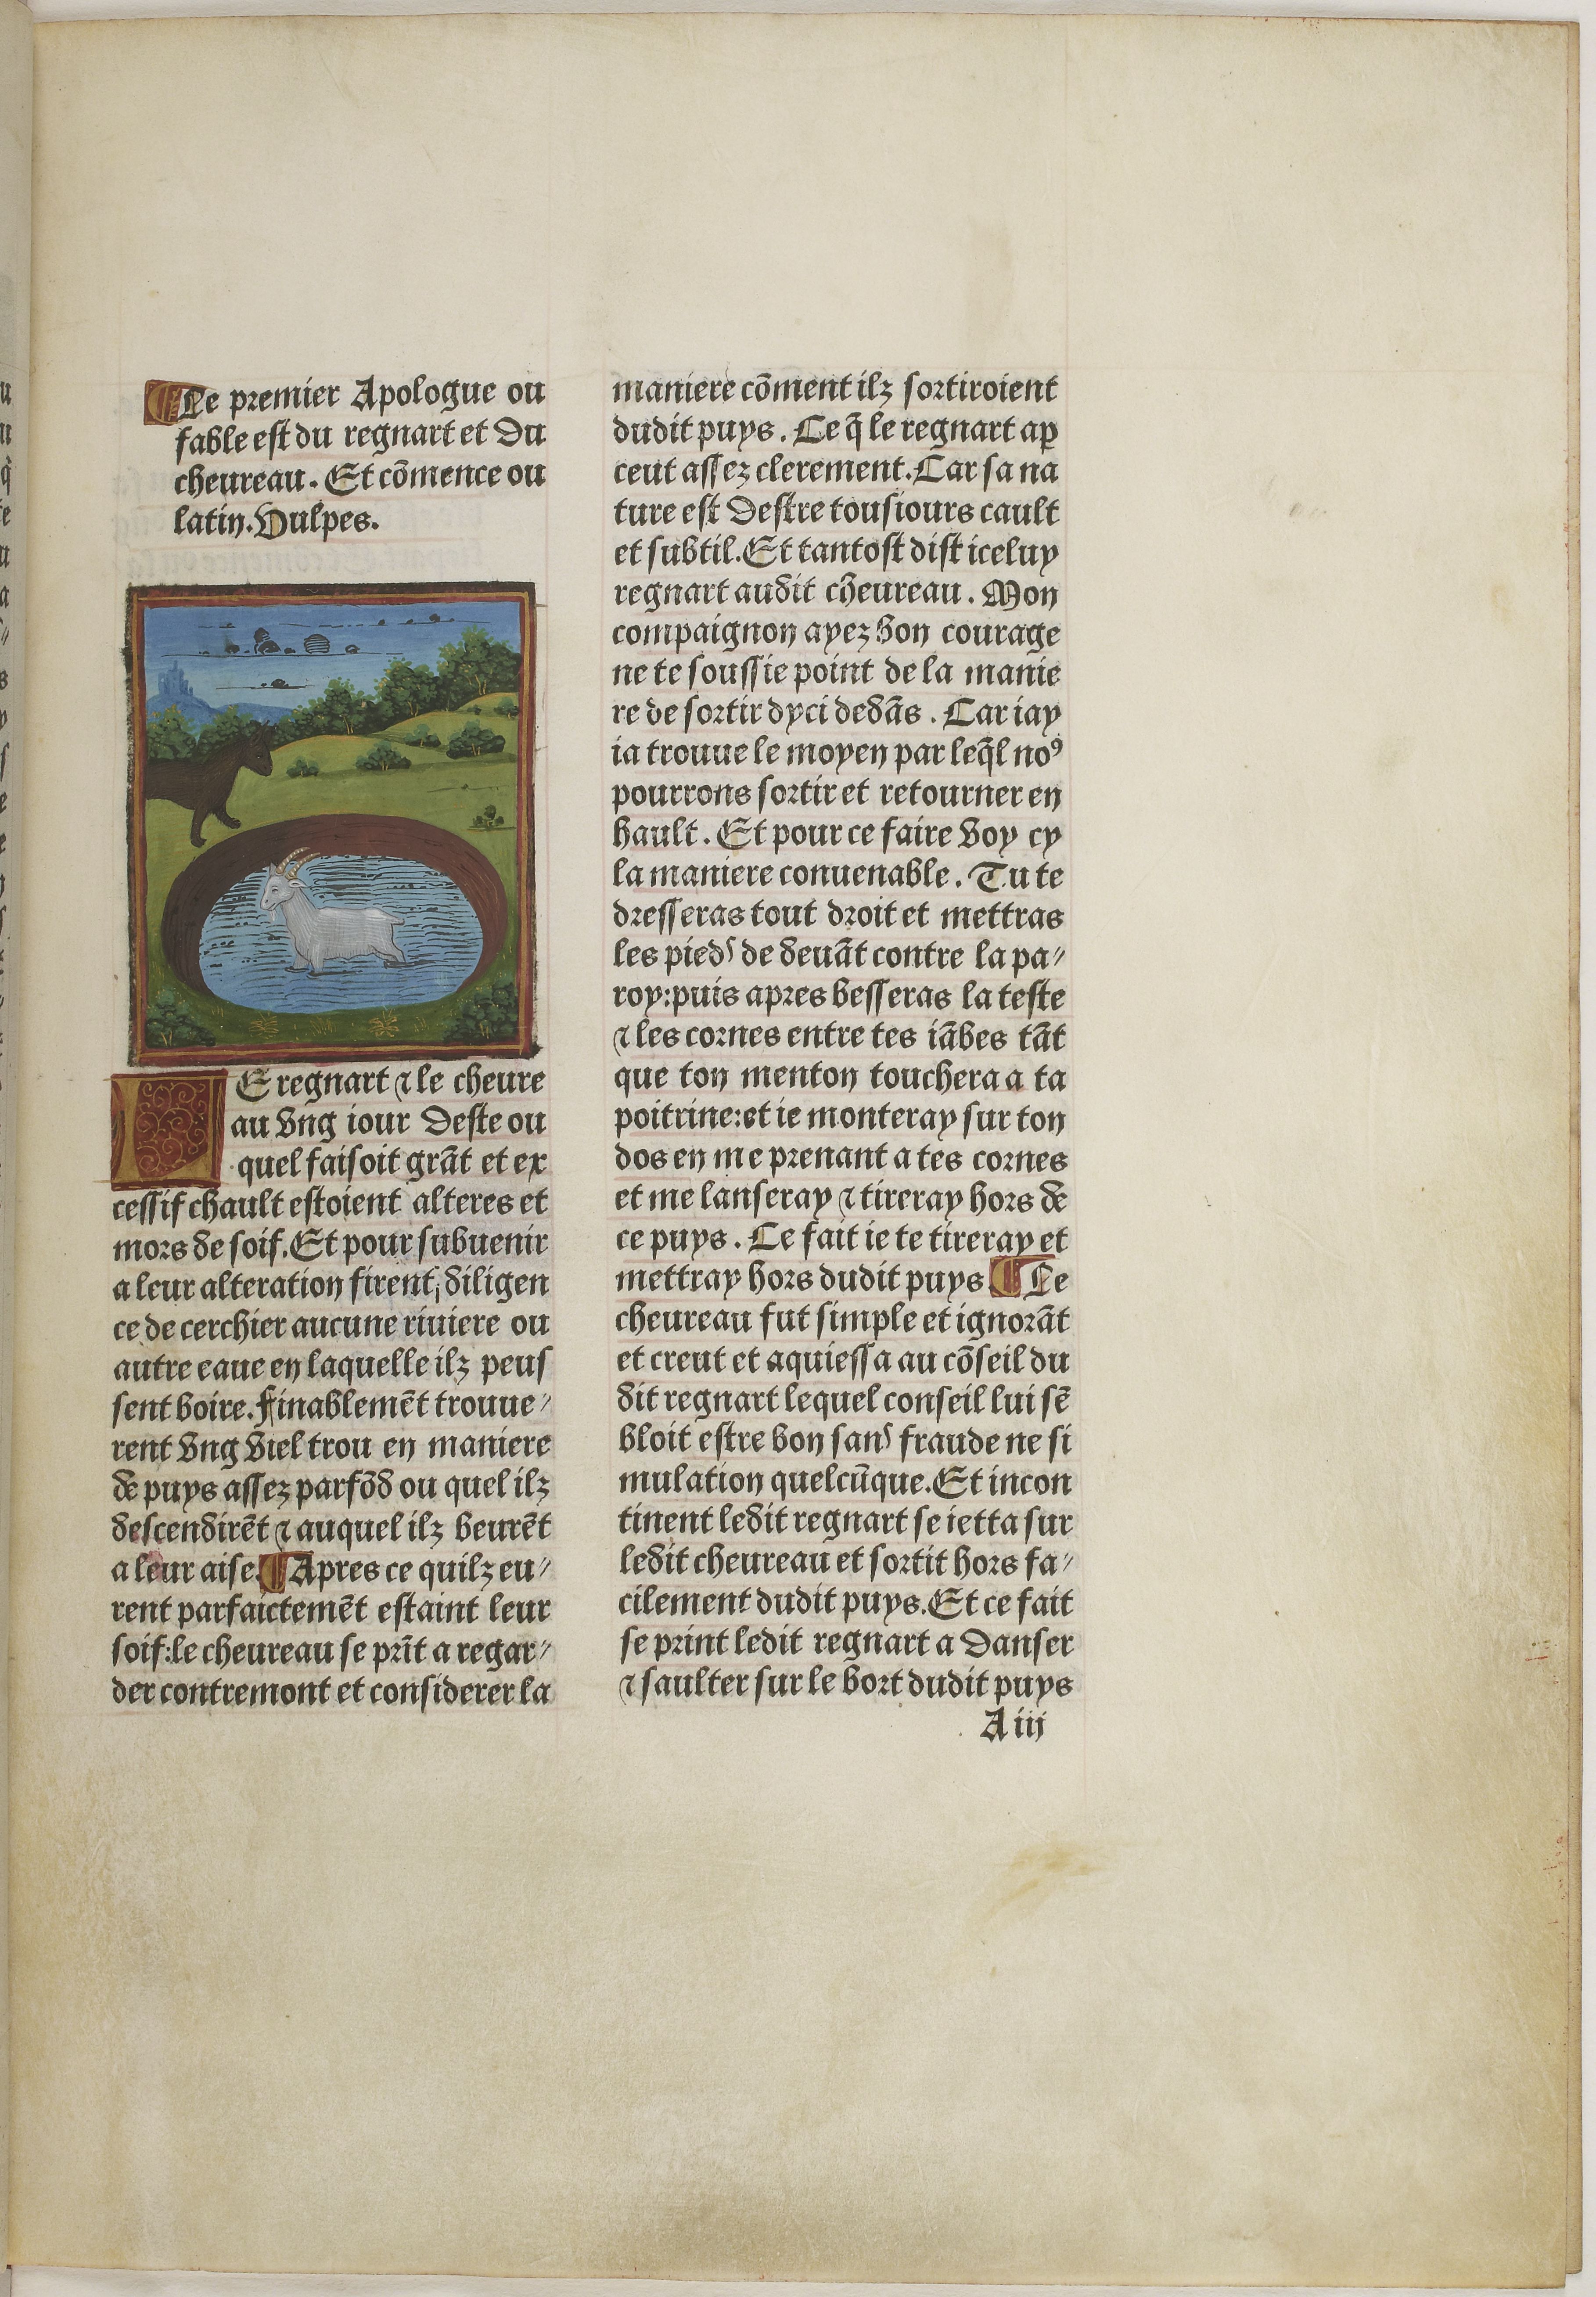
Shelfmark: Paris, BnF, Velins 611
Century: 15